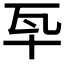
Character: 𤬧